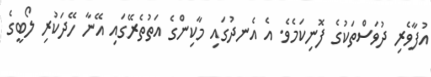
އުފާވެރި ދުވަސްތަކުގެ ފޮނިކަމެވެ. އެ އެނދުގައި މާކިންގެ އަތުތެރޭގައި އޭނާ ހޭދަކުރި ލޯބީގެ